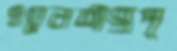
ওয়েলশগ্রপ্